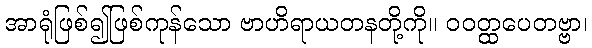
အာရုံဖြစ်၍ဖြစ်ကုန်သော ဗာဟိရာယတနတို့ကို။ ဝဝတ္ထပေတဗ္ဗာ၊